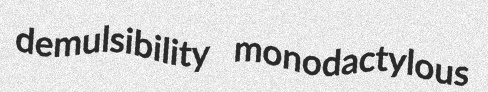
demulsibility monodactylous